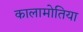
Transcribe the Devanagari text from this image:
कालामोतिया